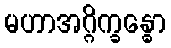
မဟာအဂ္ဂိက္ခန္ဓော